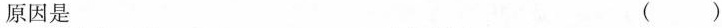
原因是（）